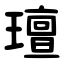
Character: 璮